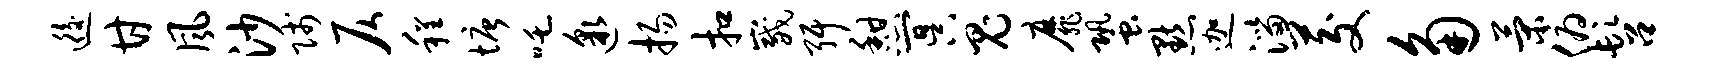
逅甘风沙贱仄程塘吒邈扬扣崴弭憩冥鬼靡蛩默迦淄茭角策俯髫